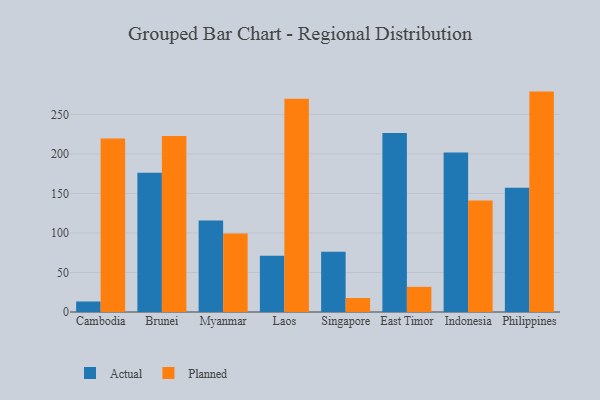
{"axis": {"x": "Country", "y": "Demand Index"}, "legend": ["Actual", "Planned"], "data": [{"x": "Cambodia", "y": 13.3, "type": "Actual"}, {"x": "Cambodia", "y": 219.4, "type": "Planned"}, {"x": "Brunei", "y": 176.2, "type": "Actual"}, {"x": "Brunei", "y": 222.5, "type": "Planned"}, {"x": "Myanmar", "y": 115.9, "type": "Actual"}, {"x": "Myanmar", "y": 99.4, "type": "Planned"}, {"x": "Laos", "y": 71.1, "type": "Actual"}, {"x": "Laos", "y": 269.7, "type": "Planned"}, {"x": "Singapore", "y": 76.2, "type": "Actual"}, {"x": "Singapore", "y": 17.7, "type": "Planned"}, {"x": "East Timor", "y": 226.5, "type": "Actual"}, {"x": "East Timor", "y": 31.8, "type": "Planned"}, {"x": "Indonesia", "y": 201.7, "type": "Actual"}, {"x": "Indonesia", "y": 140.9, "type": "Planned"}, {"x": "Philippines", "y": 157.3, "type": "Actual"}, {"x": "Philippines", "y": 278.8, "type": "Planned"}]}